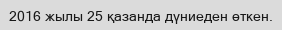
2016 жылы 25 қазанда дүниеден өткен.